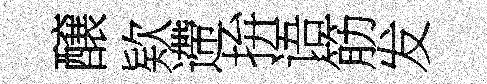
醸欵遰拚语筋发